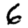
Digit: 6